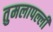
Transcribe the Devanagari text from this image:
तुमलापल्ली